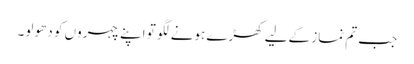
جب تم نماز کےلیے کھڑے ہونے لگو تو اپنے چہروں کو دھو لو۔